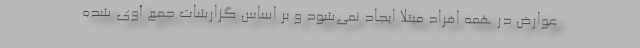
عوارض در همه افراد مبتلا ایجاد نمی‌شود و بر اساس گزارشات جمع آوی شده